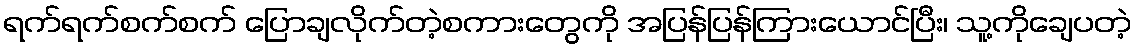
ရက်ရက်စက်စက် ပြောချလိုက်တဲ့စကားတွေကို အပြန်ပြန်ကြားယောင်ပြီး၊ သူ့ကိုချေပတဲ့